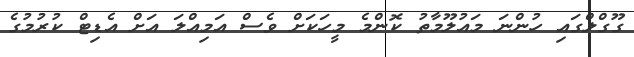
ގޫގްލްގައި ހުންނަ މައުލޫމާތު ކޮންމެ މީހަކަށް ވެސް އަމިއްލަ އަށް އެޑިޓް ކުރުމުގެ